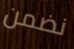
نضمن